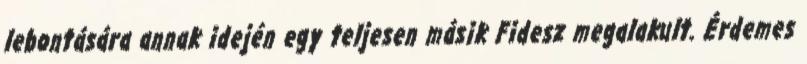
lebontására annak idején egy teljesen másik Fidesz megalakult. Érdemes